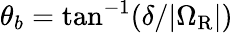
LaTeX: \theta_{b}=\mathrm{tan}^{-1}(\delta/|\Omega_{\mathrm{R}}|)